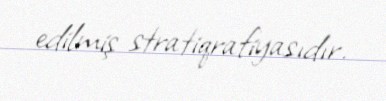
edilmiş stratiqrafiyasıdır.